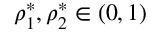
\rho _ { 1 } ^ { * } , \rho _ { 2 } ^ { * } \in ( 0 , 1 )